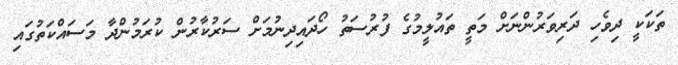
ތަކަކީ ދިވެހި ދަރިވަރުންނަށް މަތީ ތައުލީމުގެ ފުރުސަތު ހޯދައިދިނުމަށް ސަރުކާރުން ކުރަމުންދާ މަސައްކަތުގައި